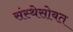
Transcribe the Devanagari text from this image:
संस्थेसोबत